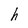
Character: h